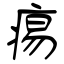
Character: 痬